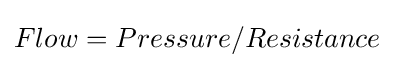
Flow=Pressure/Resistance